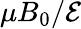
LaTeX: \mu B_{0}/\mathcal{E}